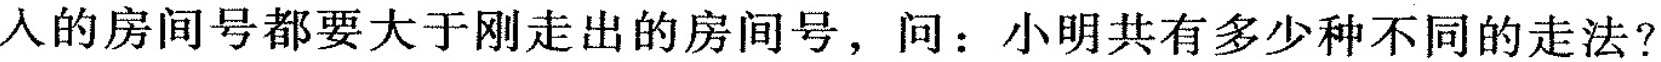
入的房间号都要大于刚走出的房间号，问：小明共有多少种不同的走法?